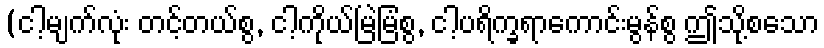
(ငါ့မျက်လုံး တင့်တယ်စွ, ငါ့ကိုယ်မြဲမြံစွ, ငါ့ပရိက္ခရာကောင်းမွန်စွ ဤသို့စသော